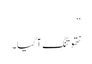
‘‘
نتھو تنگ آگیا۔